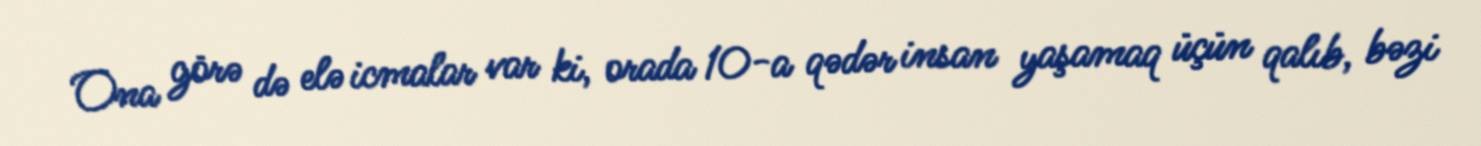
Ona görə də elə icmalar var ki, orada 10-a qədər insan yaşamaq üçün qalıb, bəzi